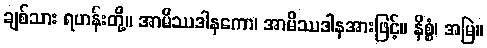
ချစ်သား ရဟန်းတို့။ အာမိဿဒါနကော၊ အာမိဿဒါနအားဖြင့်။ နိစ္စံ၊ အမြဲ။